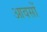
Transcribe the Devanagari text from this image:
आवसों